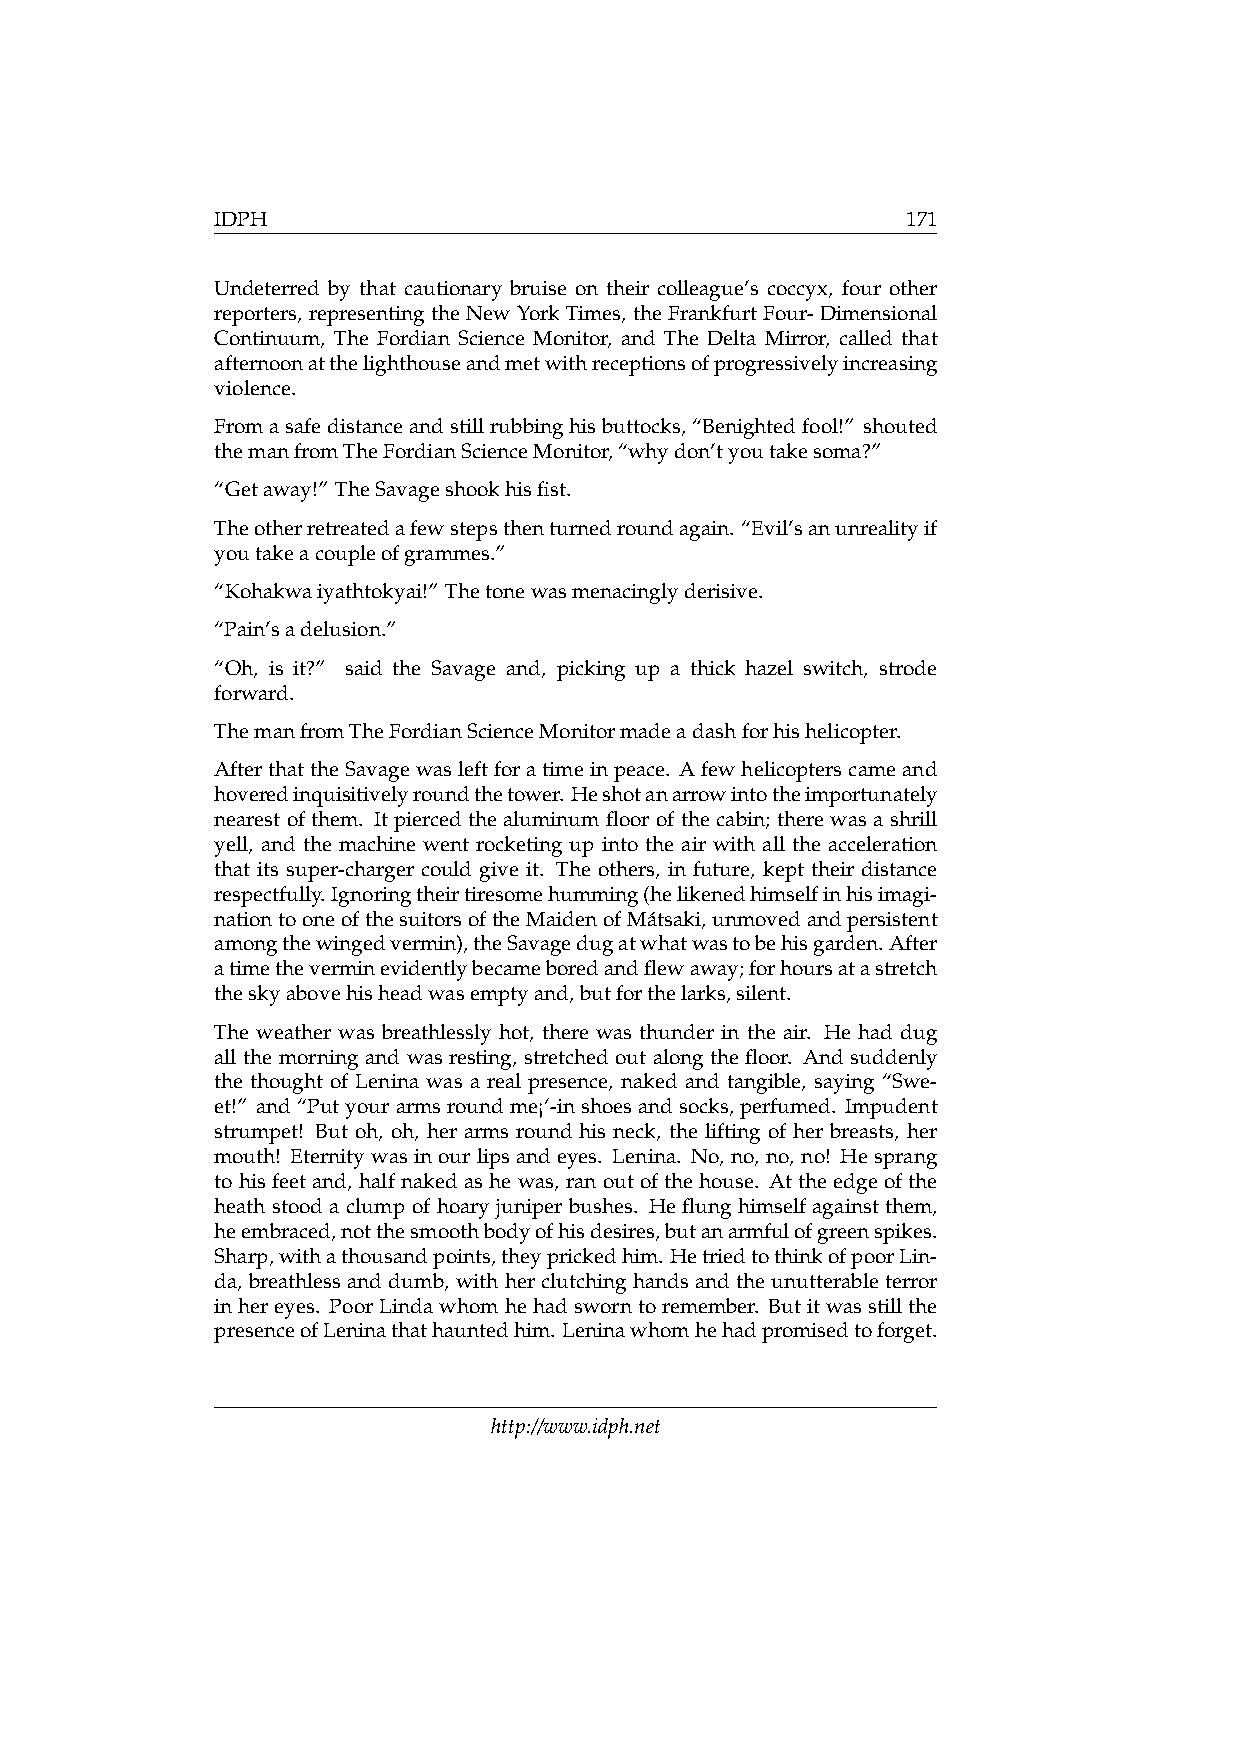
IDPH                                          171
 Undeterred by that cautionary bruise on their colleague’s coccyx, four other
 reporters, representing the New York Times, the Frankfurt Four- Dimensional
 Continuum, The Fordian Science Monitor, and The Delta Mirror, called that
 afternoonatthelighthouseandmetwithreceptionsofprogressivelyincreasing
 violence.
 Fromasafedistanceandstillrubbinghisbuttocks,“Benightedfool!” shouted
 themanfromTheFordianScienceMonitor,“whydon’tyoutakesoma?”
 “Getaway!” TheSavageshookhisfist.
 Theotherretreatedafewstepsthenturnedroundagain. “Evil’sanunrealityif
 youtakeacoupleofgrammes.”
 “Kohakwaiyathtokyai!” Thetonewasmenacinglyderisive.
 “Pain’sadelusion.”
 “Oh, is it?” said the Savage and, picking up a thick hazel switch, strode
 forward.
 ThemanfromTheFordianScienceMonitormadeadashforhishelicopter.
 AfterthattheSavagewasleftforatimeinpeace. Afewhelicopterscameand
 hoveredinquisitivelyroundthetower.Heshotanarrowintotheimportunately
 nearest of them. It pierced the aluminum floor of the cabin; there was a shrill
 yell, and the machine went rocketing up into the air with all the acceleration
 that its super-charger could give it. The others, in future, kept their distance
 respectfully. Ignoringtheirtiresomehumming(helikenedhimselfinhisimagi-
 nationtooneofthesuitorsoftheMaidenofMátsaki,unmovedandpersistent
 amongthewingedvermin),theSavagedugatwhatwastobehisgarden. After
 atimetheverminevidentlybecameboredandflewaway;forhoursatastretch
 theskyabovehisheadwasemptyand,butforthelarks,silent.
 The weather was breathlessly hot, there was thunder in the air. He had dug
 all the morning and was resting, stretched out along the floor. And suddenly
 the thought of Lenina was a real presence, naked and tangible, saying “Swe-
 et!” and“Putyourarmsroundme¡‘-inshoesandsocks, perfumed. Impudent
 strumpet! But oh, oh, her arms round his neck, the lifting of her breasts, her
 mouth! Eternitywasinourlipsandeyes. Lenina. No, no, no, no! Hesprang
 to his feet and, half naked as he was, ran out of the house. At the edge of the
 heath stood a clump of hoary juniper bushes. He flung himself against them,
 heembraced,notthesmoothbodyofhisdesires,butanarmfulofgreenspikes.
 Sharp,withathousandpoints,theyprickedhim. HetriedtothinkofpoorLin-
 da, breathless and dumb, with her clutching hands and the unutterable terror
 inhereyes. PoorLindawhomhehadsworntoremember. Butitwasstillthe
 presenceofLeninathathauntedhim. Leninawhomhehadpromisedtoforget.
 http://www.idph.net